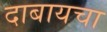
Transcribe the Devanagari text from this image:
दाबायचा